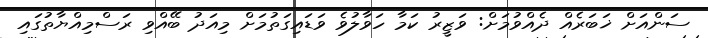
ސަންއަށް ޚަބަރެއް ދެއްވުމަށް: ވަޒީރު ކަމާ ހަވާލުވެ ވަޑައިގަތުމަށް މިއަދު ބޭއްވި ރަސްމިއްޔާތުގައި